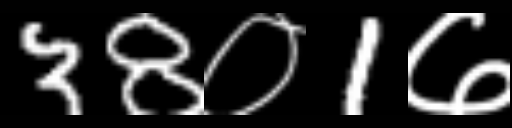
Text: 38०1७